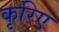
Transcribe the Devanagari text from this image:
कृरिए